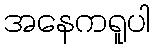
အနေကရူပါ